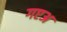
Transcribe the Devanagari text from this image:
गएअ